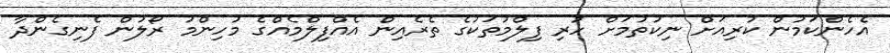
އެހެންކަމުން ކުރިއަށް ނިކުތުމަށް ހުރި ފިލްމުތަކުގެ ތެރެއިން އެއްފިލްމެއްގެ މުހިންމު ރޯލުން ފެނިގެންދާ